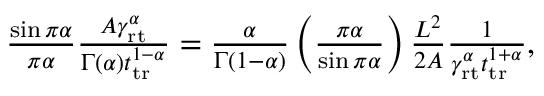
\begin{array} { r } { \frac { \sin \pi \alpha } { \pi \alpha } \frac { A \gamma _ { \mathrm { r t } } ^ { \alpha } } { \Gamma ( \alpha ) t _ { \mathrm { t r } } ^ { 1 - \alpha } } = \frac { \alpha } { \Gamma ( 1 - \alpha ) } \left( \frac { \pi \alpha } { \sin \pi \alpha } \right) \frac { L ^ { 2 } } { 2 A } \frac { 1 } { \gamma _ { \mathrm { r t } } ^ { \alpha } t _ { \mathrm { t r } } ^ { 1 + \alpha } } , } \end{array}